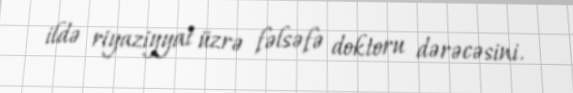
ildə riyaziyyat üzrə fəlsəfə doktoru dərəcəsini.